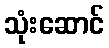
သုံးဆောင်